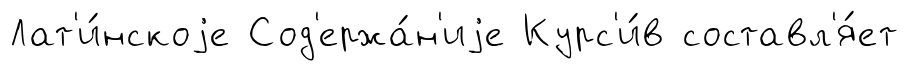
Лат'и́нскоjе Сод'ержа́н'иjе Курс'и́в составл'я́ет